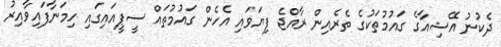
ދެކުނު އޭޝިއާގެ ގައުމުތަކުގެ ތެރެއިން ރާއްޖެ ފިޔަވައި އެހެން ގައުމުތައް ސީޕީއައިގައި ހިމަނާފައިވާއިރު